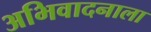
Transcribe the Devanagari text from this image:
अभिवादनाला